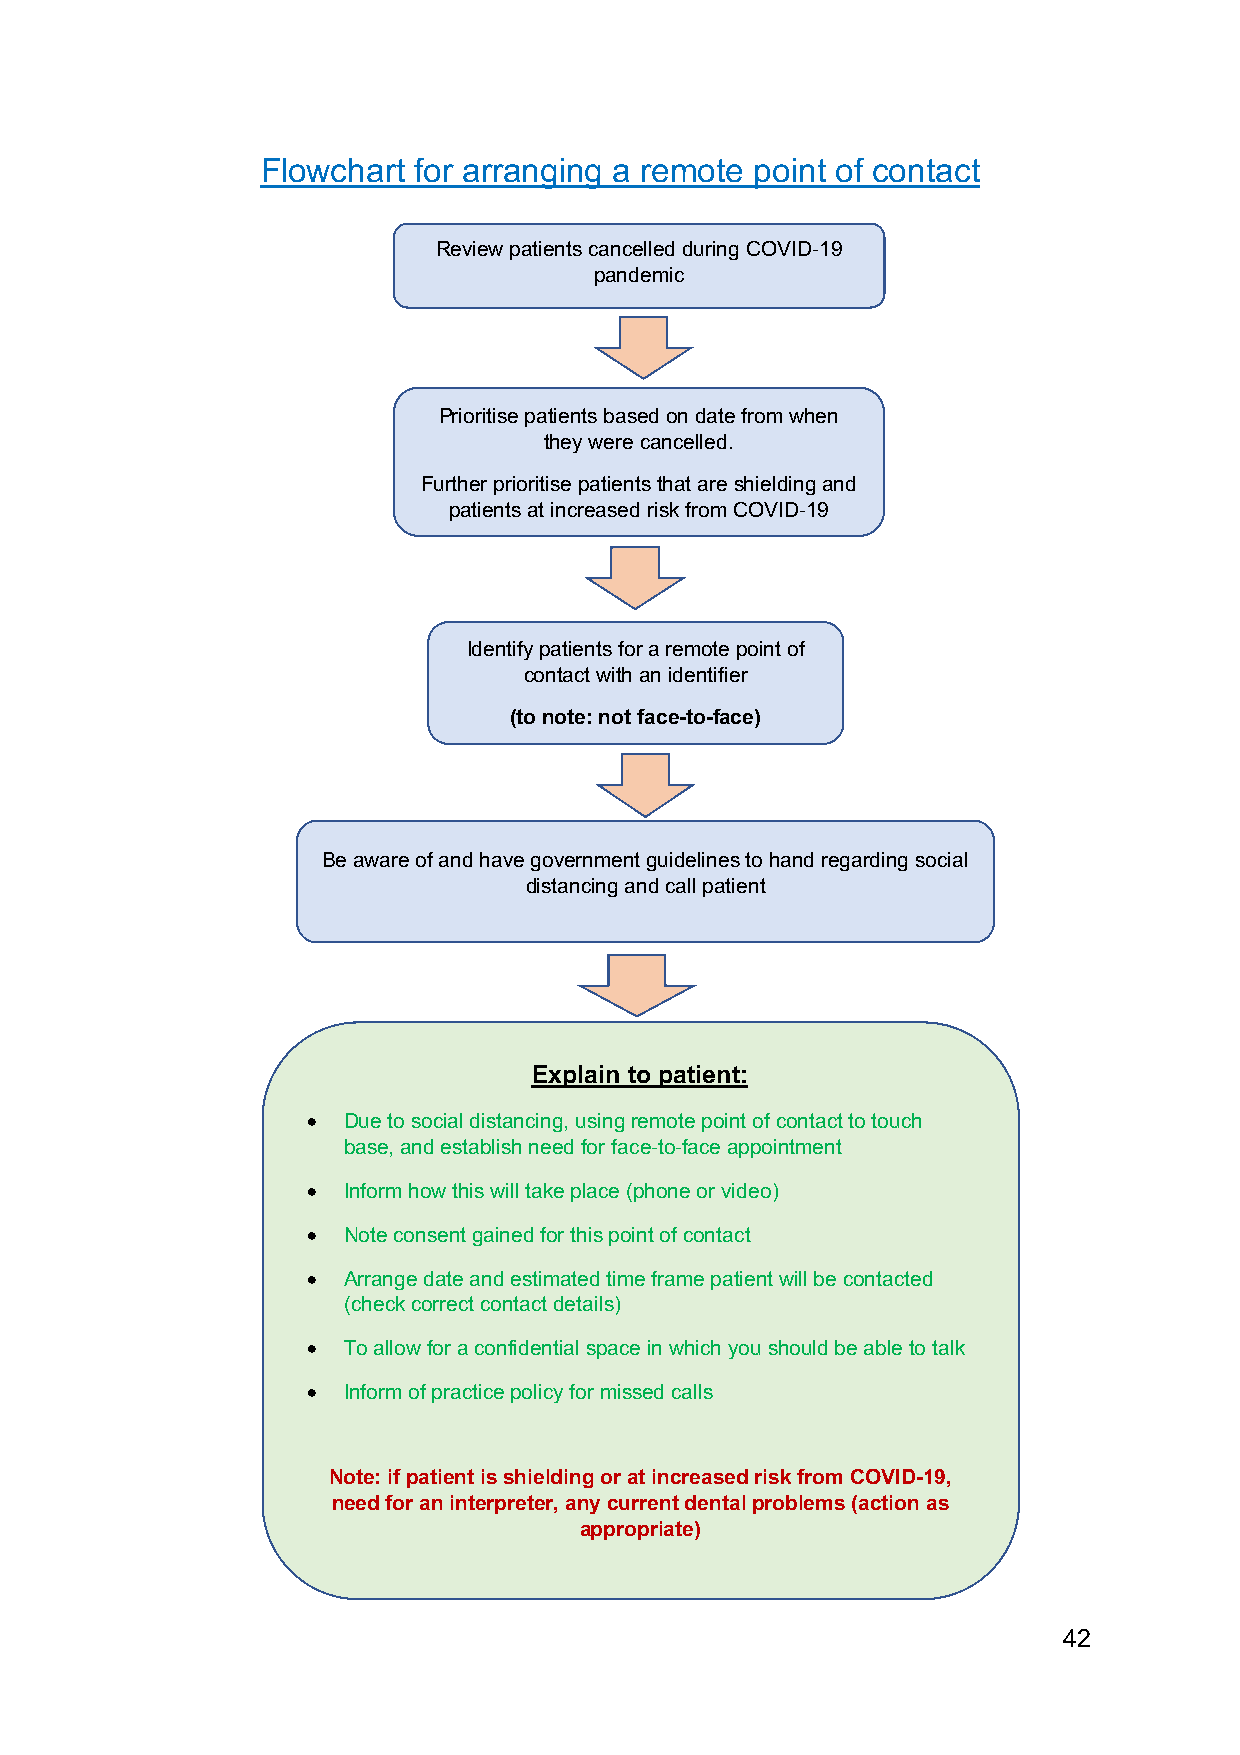
Flowchart for arranging a remote point of contact
 Review patients cancelled during COVID-19
 pandemic
 Prioritise patients based on date from when
 they were cancelled.
 Further prioritise patients that are shielding and
 patients at increased risk from COVID-19
 Identify patients for a remote point of
 contact with an identifier
 (to note: not face-to-face)
 Be aware of and have government guidelines to hand regarding social
 distancing and call patient
 Explain to patient:
 •  Due to social distancing, using remote point of contact to touch
 base, and establish need for face-to-face appointment
 •  Inform how this will take place (phone or video)
 •  Note consent gained for this point of contact
 •  Arrange date and estimated time frame patient will be contacted
 (check correct contact details)
 •  To allow for a confidential space in which you should be able to talk
 •  Inform of practice policy for missed calls
 Note: if patient is shielding or at increased risk from COVID-19,
 need for an interpreter, any current dental problems (action as
 appropriate)
 42